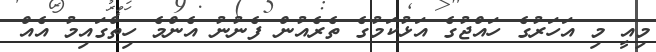
މިއީ މި އަހަރުގެ ހައްޖުގެ އަޅުކަމުގެ ތެރެއުން ފެނުނު އެންމެ ހިތްގައިމު އެއް